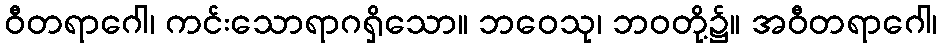
ဝီတရာဂေါ၊ ကင်းသောရာဂရှိသော။ ဘဝေသု၊ ဘဝတို့၌။ အဝီတရာဂေါ၊